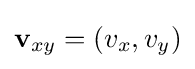
\mathbf {v} _{xy}=(v_{x},v_{y})